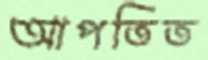
আপতিত